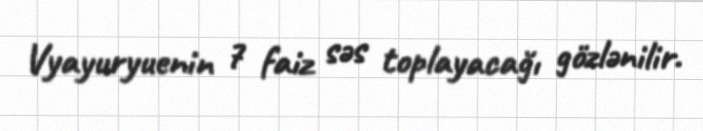
Vyayuryuenin 7 faiz səs toplayacağı gözlənilir.